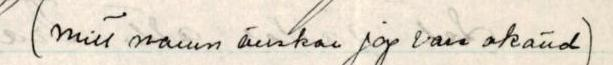
(mitt namn önskar jag vare okänd)